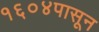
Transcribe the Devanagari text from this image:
१६०४पासून